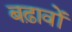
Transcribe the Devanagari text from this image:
बढ़ावों